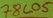
Text: 78L05